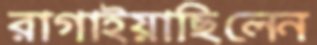
রাগাইয়াছিলেন